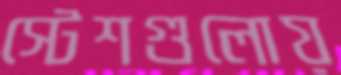
স্টেশগুলোয়